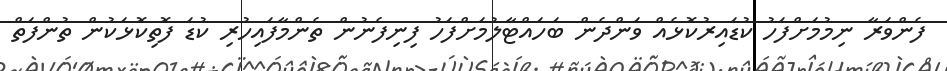
ފެންވަރާ ނިމުމަށްފަހު ކުޑައިރުކޮޅެއް ވަންދެން ބަހައްޓާލުމަށްފަހު ފިނިފެނުން ތެންމާފައިހުރި ކުޑަ ފޮތިކޮޅަކުން ތުންފަތް